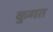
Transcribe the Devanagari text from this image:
कुगत